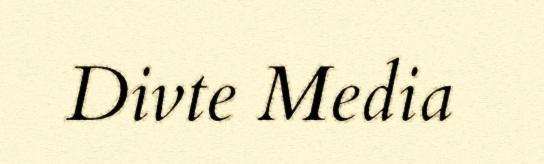
Divte Media